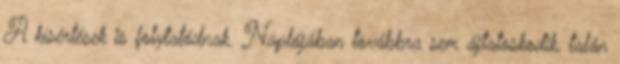
A kísértések is folytatódnak. Naplójában továbbra sem ájtatoskodik, talán